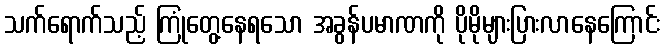
သက်ရောက်သည့် ကြုံတွေ့နေရသော အခွန်ပမာဏကို ပိုမိုများပြားလာနေကြောင်း